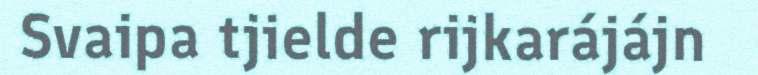
Svaipa tjielde rijkarájájn